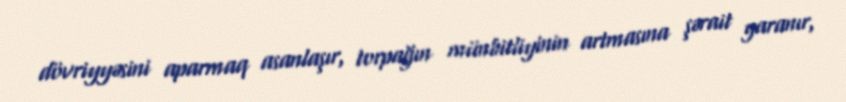
dövriyyəsini aparmaq asanlaşır, torpağın münbitliyinin artmasına şərait yaranır,